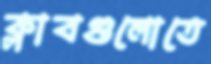
ক্লাবগুলোতে